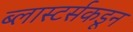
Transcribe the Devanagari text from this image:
ब्लास्टर्सकडून